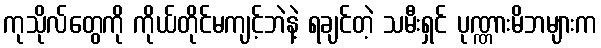
ကုသိုလ်တွေကို ကိုယ်တိုင်မကျင့်ဘဲနဲ့ ရချင်တဲ့ သမီးရှင် ပုဏ္ဏားမိဘများက